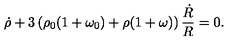
\dot { \rho } + 3 \left( \rho _ { 0 } ( 1 + \omega _ { 0 } ) + \rho ( 1 + \omega ) \right) \frac { \dot { R } } { R } = 0 .